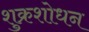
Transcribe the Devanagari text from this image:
शुक्रशोधन